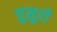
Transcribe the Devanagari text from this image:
त्तुसुरो